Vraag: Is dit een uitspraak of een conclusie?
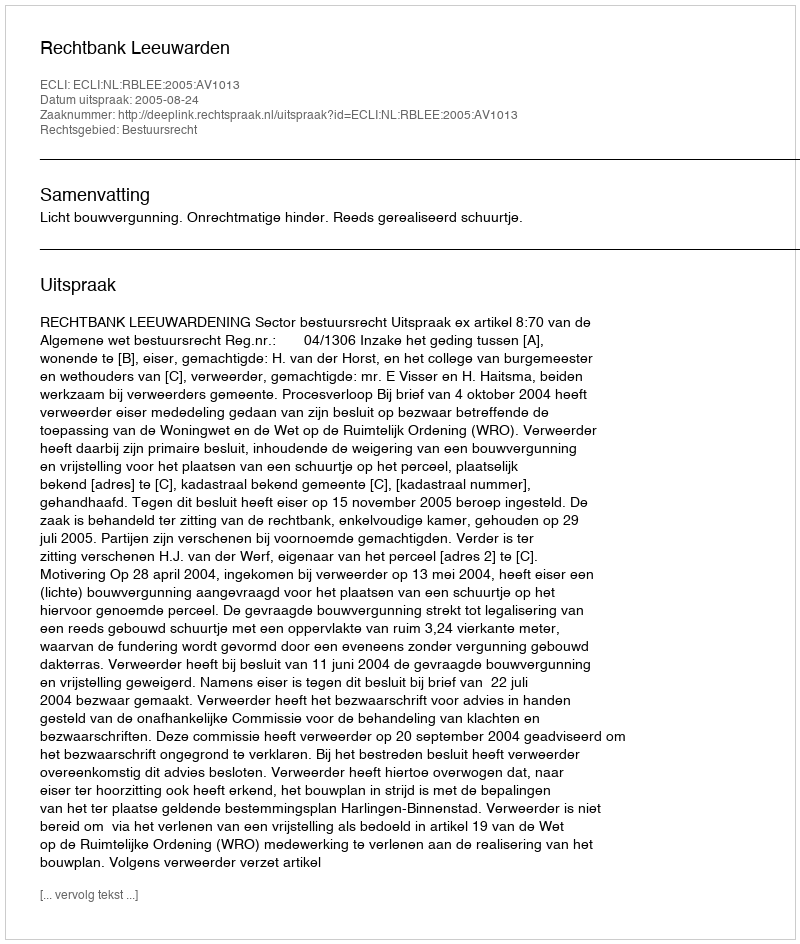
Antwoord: Uitspraak